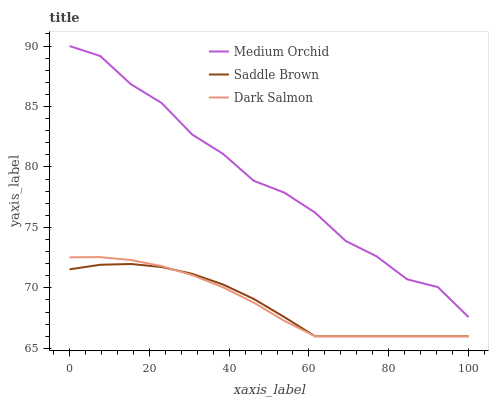
| xaxis_label | Medium Orchid | Saddle Brown | Dark Salmon |
 | --- | --- | --- | --- |
 | 0 | 90 | 71.5 | 72.5 |
 | 7.69 | 89.2 | 71.9 | 72.5 |
 | 15.4 | 86.8 | 72 | 72.3 |
 | 23.1 | 85.3 | 71.7 | 71.8 |
 | 30.8 | 82.7 | 71.2 | 71.1 |
 | 38.5 | 81.1 | 70.3 | 70 |
 | 46.2 | 78.9 | 69.1 | 68.8 |
 | 53.8 | 77.9 | 67.6 | 67.3 |
 | 61.5 | 76.2 | 66 | 66 |
 | 69.2 | 73.9 | 66 | 66 |
 | 76.9 | 72.6 | 66 | 66 |
 | 84.6 | 70.7 | 66 | 66 |
 | 92.3 | 70.1 | 66 | 66 |
 | 100 | 67.6 | 66 | 66 |